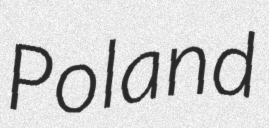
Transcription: Poland